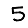
Digit: 5